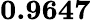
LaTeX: \mathbf{0.9647}